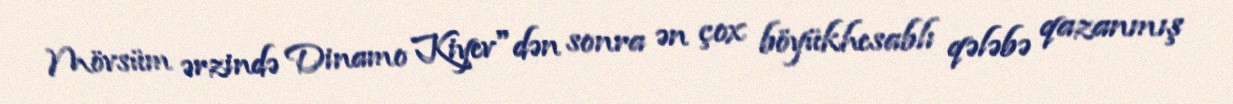
Mövsüm ərzində Dinamo Kiyev"dən sonra ən çox böyükhesablı qələbə qazanmış